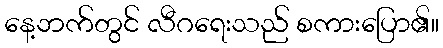
နေ့ဘက်တွင် လီဂရေးသည် စကားပြော၏။